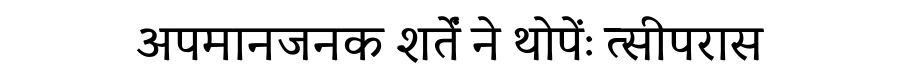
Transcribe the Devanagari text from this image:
अपमानजनक शर्तें ने थोपेंः त्सीपरास